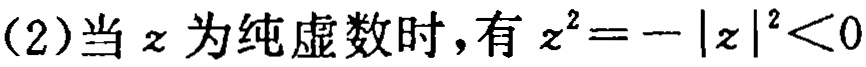
(2)当\(z\)为纯虚数时，有\(z^{2}=-|z|^{2}<0\)